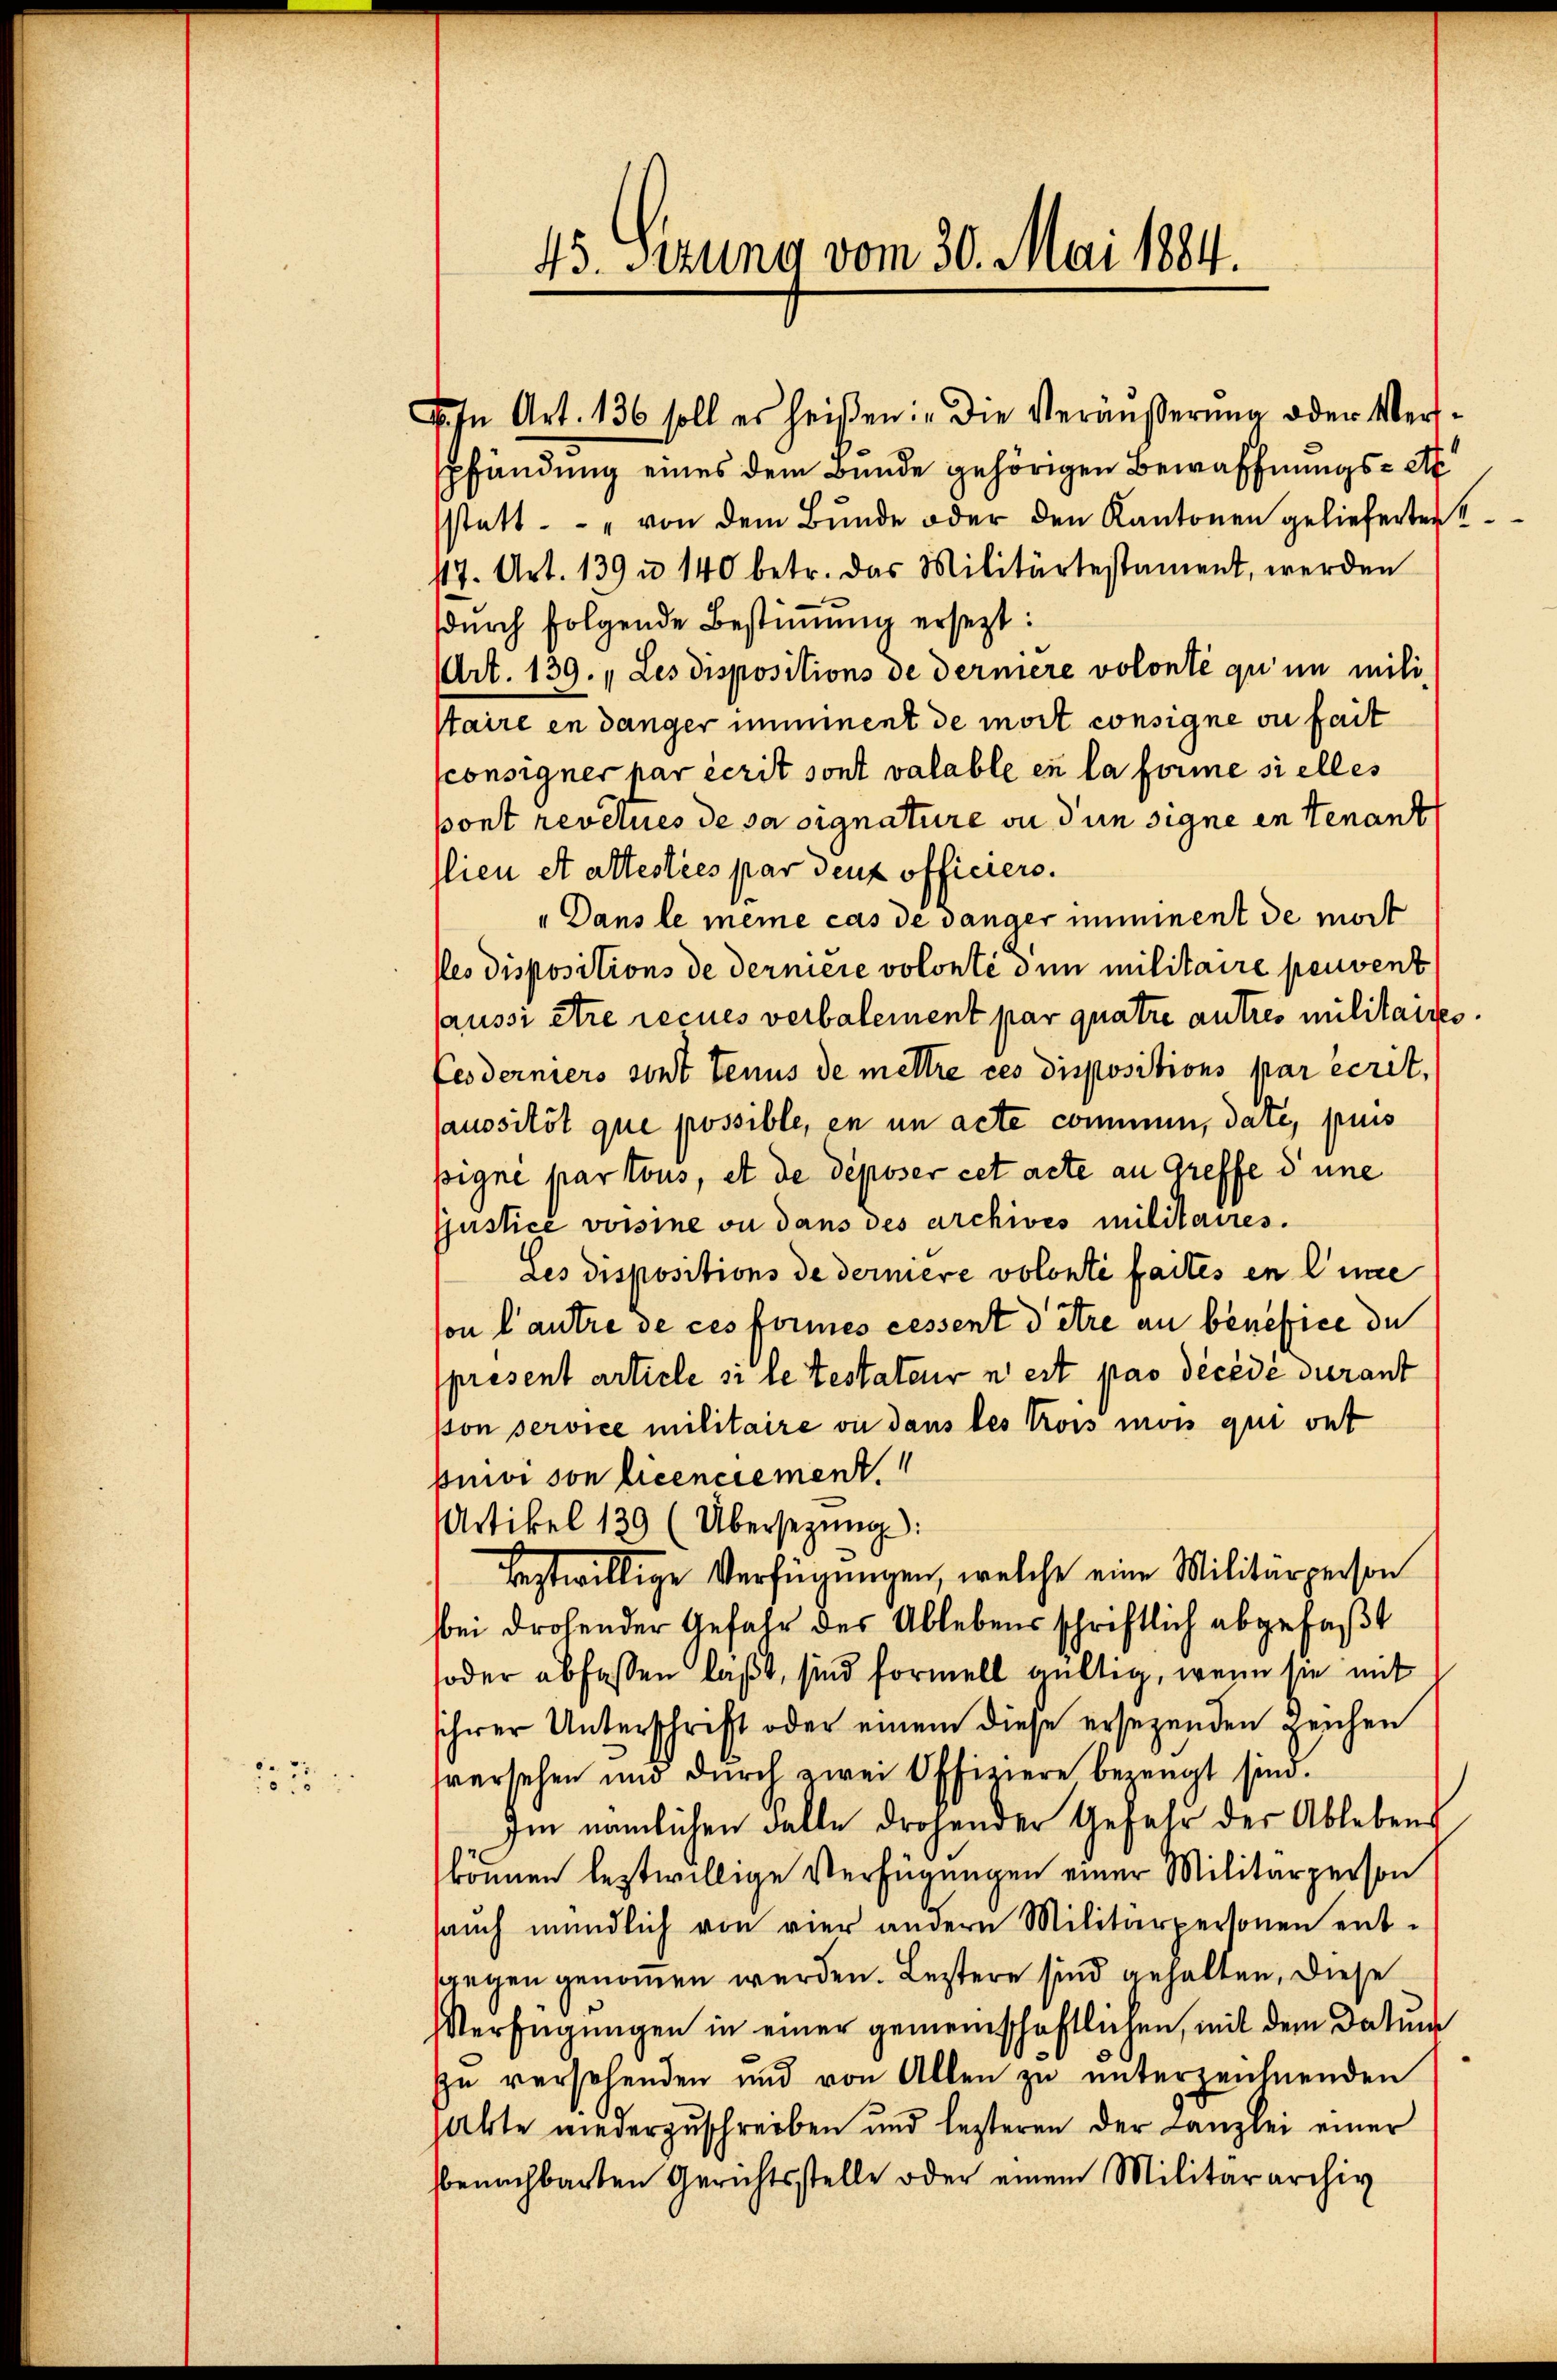
23

VIn Art. 136 soll es heißen in die Veräŭβerŭng oder Ver-
Pfändung eines dem Bunde gehörigen Bewaffnungs-Att
statt. - " von dem Bŭnde oder den Kantonen gelieferten
117. Art. 139 u 140 betr. das Militärtestament, werden
durch folgende Bestimmung ersezt:
Art. 139. „Les dispositions de dermere volonté qu’un mili
staire en danger imminent de mort consigne ou fait
ponsigner par écrit sont valable en la forme si elles
pont revelues de sa signature ou die signe en tenant
lieu et altestées par denz officiers.
.
„Dans le meine cas de danger imminent de mort
Pes dispositions de derniere volonté dem militaire peuvent
saussi être recues verbalement par quatre autres militaires
Federniers sont tenus de mettre ces dispositions par écrit.
aussitôt que possible, en in acte commen, date, puis
pigne par tous, et de déposer cet acte an Greffe d une
Jjustice vorsine ou dans des archives militaires.
Les dispositions de derniere volonté faites en lie
son l’autre de ces kommes cessent d’être au bénéfice du
present article si ce testateur n est pas décède durant
pon service militaire vie dans les trois mois qui ont
puivi son licenciement.
Artikel 139 (Übersetzŭng:
feztwillige Verfügungen, welche eine Militärperson
bei drohender Gefahr des Ablebens schriftlich abgefaßt
soder abfassen läßt, sind formell gültig, wenn sie mit
schwer Unterschrift oder einem diese ersezenden Zeichen
sversehen und durch zwei Offiziere bezeugt sind.
Im nämlichen Falle drohender Gefahr der Ablebens
können leztwillige Verfügungen einer Militärperson
aŭch mündlich von vier andern Militärpersonen ent-
segen genommen werden. Leztere sind gehalten, diese
Verfügungen in einer gemeinschaftlichen, mit dem Datum
zu versehenden und von Allen zŭ ŭnterzeichnenden
Akte niederzuschreiben und lezteren der Kanzlei einer
bbenachbarten Gerichtsstelle oder einem Militärarchiv

45. Sizung vom 30. Mai 1884.